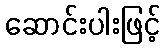
ဆောင်းပါးဖြင့်